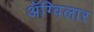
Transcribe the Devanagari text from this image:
अॅग्विलार